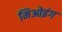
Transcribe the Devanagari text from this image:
मिओइंग